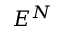
E ^ { N }